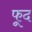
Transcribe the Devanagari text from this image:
फूद